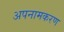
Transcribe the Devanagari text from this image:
अपनामकरण